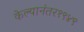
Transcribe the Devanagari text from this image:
केल्यानंतर१९४९